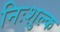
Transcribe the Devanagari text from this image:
निःशुल्‍क